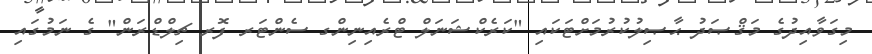
މިގަވާއިދުގެ މަޤްޞަދު ޙާޞިލުކުރުމަށްޓަކައި "ކަރެކްޝަނަލް ޓްރެއިނިންގ ސެންޓަރ ފޮރ ޗިލްޑްރަން" ގެ ނަމުގައި